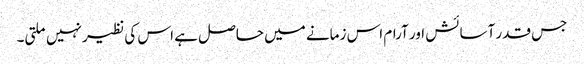
جس قدر آسائش اور آرام اس زمانے میں حاصل ہے اس کی نظیر نہیں ملتی۔